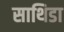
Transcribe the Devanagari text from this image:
साथिडा